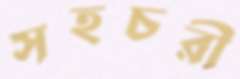
সহচরী